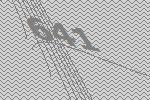
641